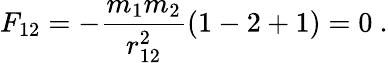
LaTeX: F_{12}=-\frac{m_{1}m_{2}}{r_{12}^{2}}(1-2+1)=0\ .